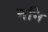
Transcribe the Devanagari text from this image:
ननि